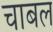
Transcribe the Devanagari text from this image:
चाबल